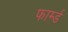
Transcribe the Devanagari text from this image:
फार्म्ड